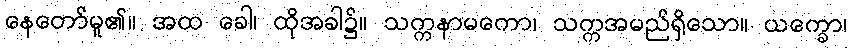
နေတော်မူ၏။ အထ ခေါ၊ ထိုအခါ၌။ သက္ကနာမကော၊ သက္ကအမည်ရှိသော။ ယက္ခော၊